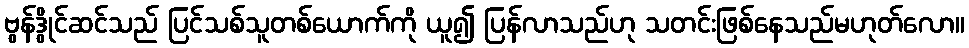
ဗွန်ဒွိုင်ဆင်သည် ပြင်သစ်သူတစ်ယောက်ကို ယူ၍ ပြန်လာသည်ဟု သတင်းဖြစ်နေသည်မဟုတ်လော။